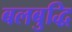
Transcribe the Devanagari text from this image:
बलबुद्धि